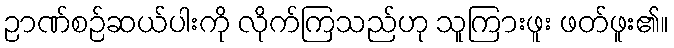
ဉာဏ်စဉ်ဆယ်ပါးကို လိုက်ကြသည်ဟု သူကြားဖူး ဖတ်ဖူး၏။